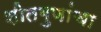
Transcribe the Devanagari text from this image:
शीतगुणांचा